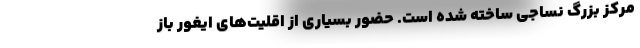
مرکز بزرگ نساجی ساخته شده است. حضور بسیاری از اقلیت‌های ایغور باز